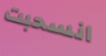
انسحبت